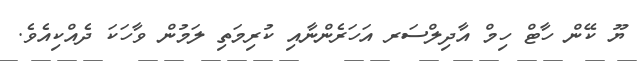
ޔޫ ކޭން ހާޓް ހިމް އާދިލްސަރ އަހަރެންނާއި ކުރިމަތި ލަމުން ވާހަކަ ދެއްކިއެވެ.